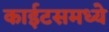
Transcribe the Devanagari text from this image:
काईटसमध्ये